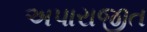
અપારાજીત